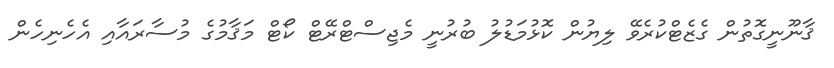
ޤާނޫނީގޮތުން ގެޒެޓްކުރެވޭ ލިޔުން ކޮޅުމަޑުލު ބުރުނީ މެޖިސްޓްރޭޓް ކޯޓް މަޤާމުގެ މުސާރައާއި އެހެނިހެން